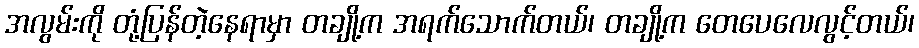
အလွမ်းကို တုံ့ပြန်တဲ့နေရာမှာ တချို့က အရက်သောက်တယ်၊ တချို့က တေပေလေလွင့်တယ်၊